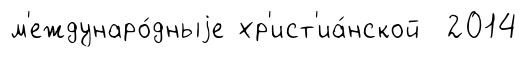
м'еждунаро́дныjе хр'ист'иа́нской 2014